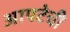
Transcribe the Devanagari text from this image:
आपटेची